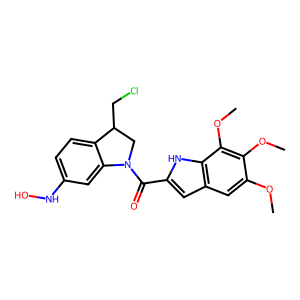
SMILES: COc1cc2cc(C(=O)N3CC(CCl)c4ccc(NO)cc43)[nH]c2c(OC)c1OC
Inhibits HIV replication: No